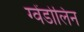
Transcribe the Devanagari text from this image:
ग्वेंडोलिन